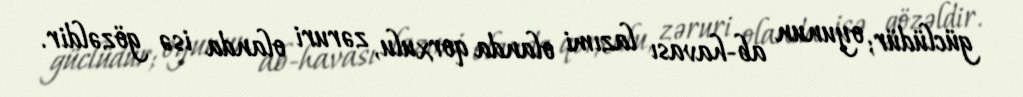
güclüdür; oyunun ab-havası lazımi olanda qorxulu, zəruri olanda isə gözəldir.